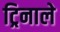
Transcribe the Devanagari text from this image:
ट्रिनाले